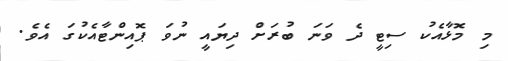
މި މޮޅާއެކު ސިޓީ ދެ ވަނަ ބުރަށް ދިޔައީ ނުވަ ޕޮއިންޓާއެކުގަ އެވެ.